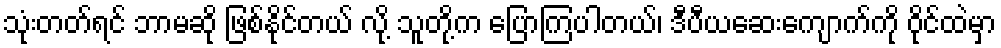
သုံးတတ်ရင် ဘာမဆို ဖြစ်နိုင်တယ် လို့ သူတို့က ပြောကြပါတယ်၊ ဒီပီယဆေးကျောက်ကို ဝိုင်ထဲမှာ